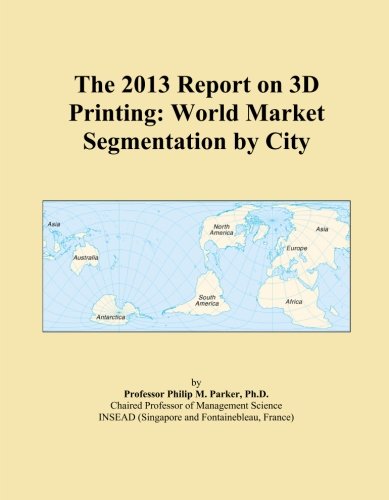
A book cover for The 2013 Report on 3D Printing: World Market Segmentation by City; Icon Group International; Computers & Technology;